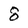
Character: 8